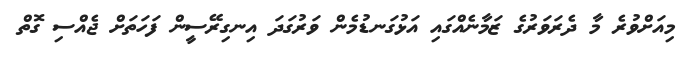
މިއަށްވުރެ މާ ދެރަވަރުގެ ޒަމާނެއްގައި އަޅުގަނޑުމެން ވަރުގަދަ އިނގިރޭސީން ފަހަތަށް ޖެއްސި ގޮތް